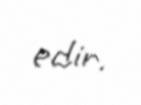
edir.